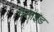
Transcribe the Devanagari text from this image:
वेसाइड